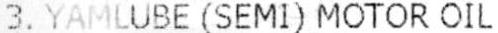
3. YAMLUBE (SEMI) MOTOR OIL